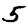
Digit: 5